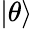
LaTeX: |\theta\rangle